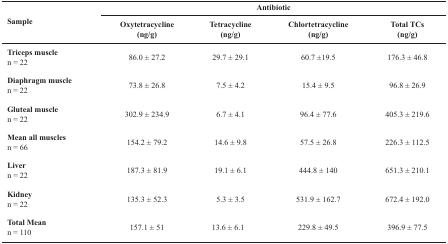
| <ROWSPAN=2> Sample | <COLSPAN=4> Antibiotic |
 | Oxytetracycline(ng/g) | Tetracycline(ng/g) | Chlortetracycline(ng/g) | Total TCs(ng/g) |
 | --- | --- | --- | --- | --- |
 | Triceps musclen = 22 | 86.0 ± 27.2 | 29.7 ± 29.1 | 60.7 ±19.5 | 176.3 ± 46.8 |
 | Diaphragm musclen = 22 | 73.8 ± 26.8 | 7.5 ± 4.2 | 15.4 ± 9.5 | 96.8 ± 26.9 |
 | Gluteal musclen = 22 | 302.9 ± 234.9 | 6.7 ± 4.1 | 96.4 ± 77.6 | 405.3 ± 219.6 |
 | Mean all musclesn = 66 | 154.2 ± 79.2 | 14.6 ± 9.8 | 57.5 ± 26.8 | 226.3 ± 112.5 |
 | Livern = 22 | 187.3 ± 81.9 | 19.1 ± 6.1 | 444.8 ± 140 | 651.3 ± 210.1 |
 | Kidneyn = 22 | 135.3 ± 52.3 | 5.3 ± 3.5 | 531.9 ± 162.7 | 672.4 ± 192.0 |
 | Total Meann = 110 | 157.1 ± 51 | 13.6 ± 6.1 | 229.8 ± 49.5 | 396.9 ± 77.5 |